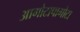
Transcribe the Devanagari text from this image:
आगोटापागोटा